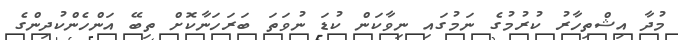
މުދާ އިޝްތިހާރު ކުރުމުގެ ނަމުގައި ނިވާކަން ކުޑަ ނުވަތަ ބަރަހަނާކޮށް ތިބޭ އަންހެންކުދިންގެ